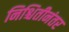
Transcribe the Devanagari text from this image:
निश्चितीनंतर